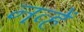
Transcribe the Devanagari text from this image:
नव्हें